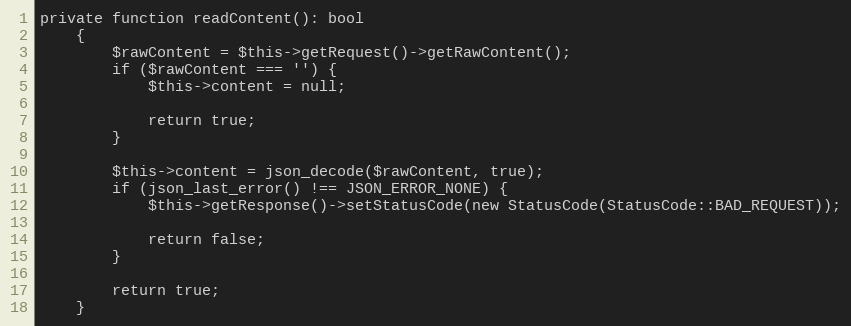
Language: PHP
private function readContent(): bool
    {
        $rawContent = $this->getRequest()->getRawContent();
        if ($rawContent === '') {
            $this->content = null;

            return true;
        }

        $this->content = json_decode($rawContent, true);
        if (json_last_error() !== JSON_ERROR_NONE) {
            $this->getResponse()->setStatusCode(new StatusCode(StatusCode::BAD_REQUEST));

            return false;
        }

        return true;
    }